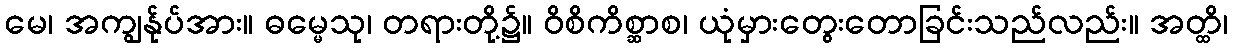
မေ၊ အကျွန်ုပ်အား။ ဓမ္မေသု၊ တရားတို့၌။ ဝိစိကိစ္ဆာစ၊ ယုံမှားတွေးတောခြင်းသည်လည်း။ အတ္ထိ၊